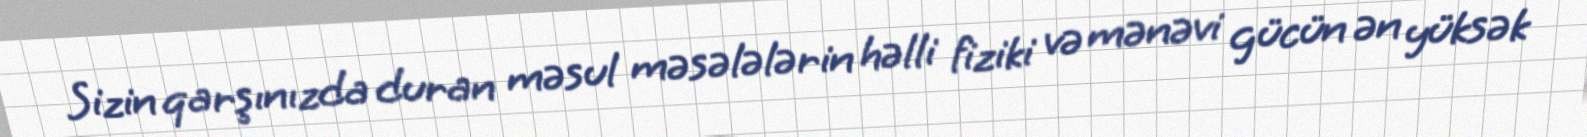
Sizin qarşınızda duran məsul məsələlərin həlli fiziki və mənəvi gücün ən yüksək